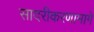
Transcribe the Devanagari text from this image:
सादरीकरणामागे